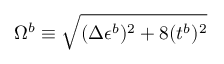
\Omega ^ { b } \equiv \sqrt { ( \Delta \epsilon ^ { b } ) ^ { 2 } + 8 ( t ^ { b } ) ^ { 2 } }